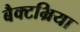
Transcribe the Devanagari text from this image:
बैक्टभ्रिया